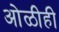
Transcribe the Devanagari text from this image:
ओळीही